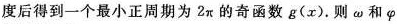
度后得到一个最小正周期为2π的奇函数g(x).则ω和φ